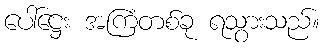
ပေါ်ဋ္ဌေး အကြံတစ်ခု ရသွားသည်။